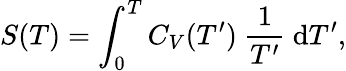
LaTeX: S(T)=\int_{0}^{T}C_{V}(T^{\prime})~\frac{1}{T^{\prime}}~\mathrm{d}T^{\prime},